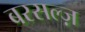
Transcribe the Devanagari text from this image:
बरसल्ज़